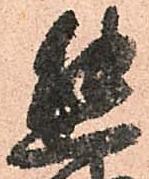
熊